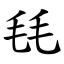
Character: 㲎